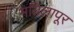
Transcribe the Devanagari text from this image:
मयिलापूर